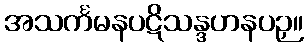
အသင်္ကမနပဋိသန္ဒဟနပဉှ။